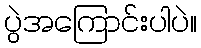
ပွဲအကြောင်းပါပဲ။